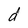
Character: d